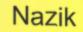
Nazik